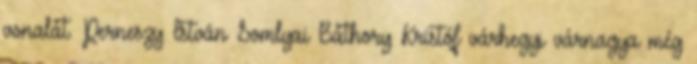
vonalát. Perneszy István Somlyai Báthory Kristóf várhegyi várnagya még